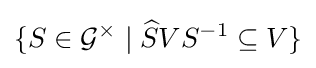
\{S\in {\mathcal {G}}^{\times }\mid {\widehat {S}}VS^{-1}\subseteq V\}